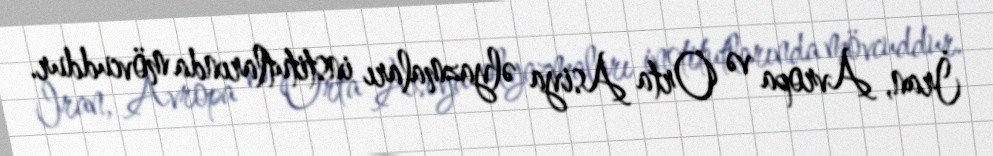
İran, Avropa və Orta Asiya əlyazmaları institutlarında mövcuddur.